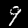
Digit: 9